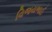
વિજયભાઈ